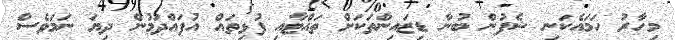
މިހާރު ހަމައެކަނި ޝެފުން ބުނާ ޑިޒައިންތަކަށް ތައްޓާއި ފުޅިތައް އުފައްދަމުން ދިޔަ ނަމަވެސް